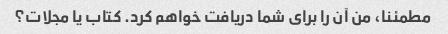
مطمئنا، من آن را برای شما دریافت خواهم کرد. کتاب یا مجلات؟